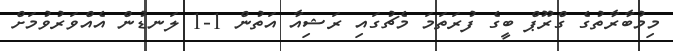
މިމުބާރާތުގެ ގްރޫޕް ބީގެ ފުރަތަމަ މެޗުގައި ރަޝިއާ އަތުން 1-1 ލަނޑުން އެއްވަރުވުމަށް